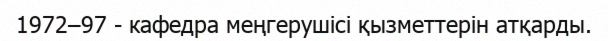
1972–97 - кафедра меңгерушісі қызметтерін атқарды.